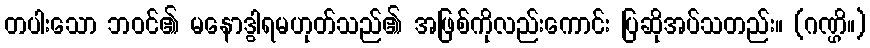
တပါးသော ဘဝင်၏ မနောဒွါရမဟုတ်သည်၏ အဖြစ်ကိုလည်းကောင်း ပြဆိုအပ်သတည်း။ (ဂဏ္ဌိ။)